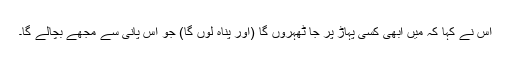
اس نے کہا کہ میں ابھی کسی پہاڑ پر جا ٹھہروں گا (اور پناہ لوں گا) جو اس پانی سے مجھے بچالے گا۔